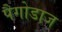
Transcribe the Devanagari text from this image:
पैगोडाज